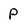
Character: P